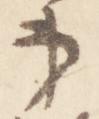
亭